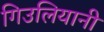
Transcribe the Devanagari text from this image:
गिउलियानी